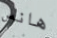
هانس